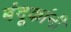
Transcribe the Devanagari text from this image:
बंदूकांनी